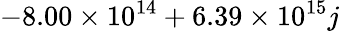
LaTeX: -8.00\times 10^{14}+6.39\times 10^{15}j